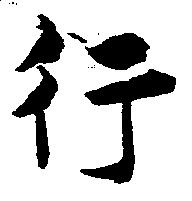
行